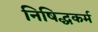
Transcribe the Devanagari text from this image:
निषिद्धकर्म